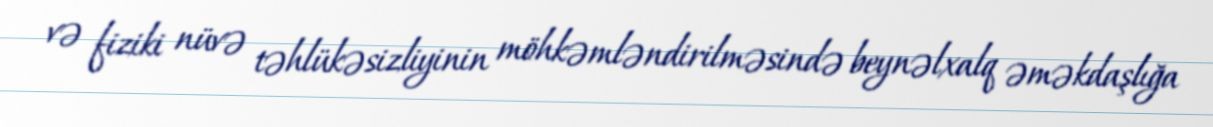
və fiziki nüvə təhlükəsizliyinin möhkəmləndirilməsində beynəlxalq əməkdaşlığa